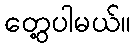
တွေ့ပါမယ်။